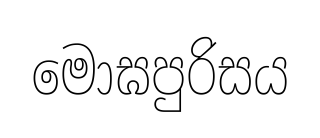
මොඝපුරිසය